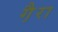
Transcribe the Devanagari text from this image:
गै़रा